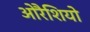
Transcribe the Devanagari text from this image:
ओरैशियो